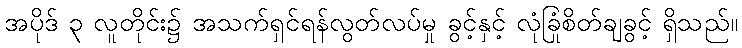
အပိုဒ် ၃ လူတိုင်း၌ အသက်ရှင်ရန်လွတ်လပ်မှု ခွင့်နှင့် လုံခြုံစိတ်ချခွင့် ရှိသည်။